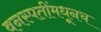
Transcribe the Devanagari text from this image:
वनस्पतींमधूनच